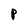
Character: P